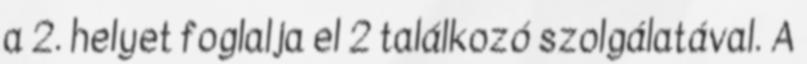
a 2. helyet foglalja el 2 találkozó szolgálatával. A